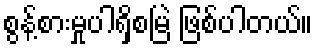
စွန့်စားမှုပါရှိစမြဲ ဖြစ်ပါတယ်။